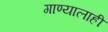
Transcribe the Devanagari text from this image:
गाण्यालाही